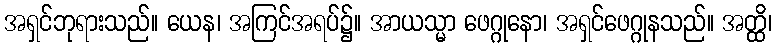
အရှင်ဘုရားသည်။ ယေန၊ အကြင်အရပ်၌။ အာယသ္မာ ဖေဂ္ဂုနော၊ အရှင်ဖေဂ္ဂုနသည်။ အတ္ထိ၊